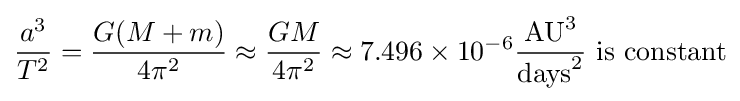
{\frac {a^{3}}{T^{2}}}={\frac {G(M+m)}{4\pi ^{2}}}\approx {\frac {GM}{4\pi ^{2}}}\approx 7.496\times 10^{-6}{\frac {{\text{AU}}^{3}}{{\text{days}}^{2}}}{\text{ is constant}}